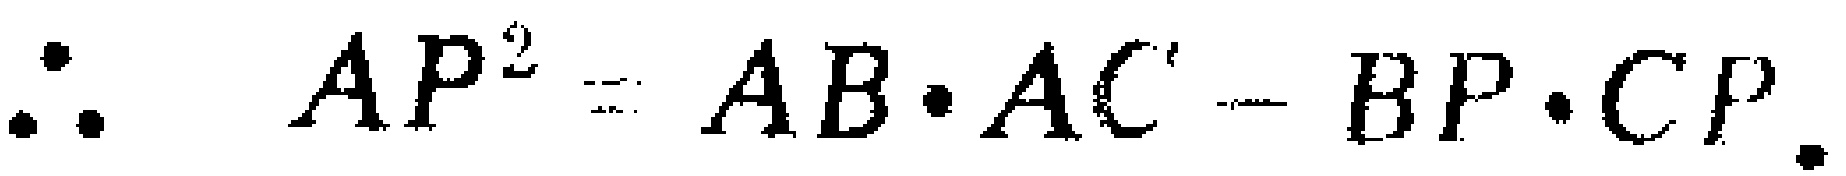
\(\therefore AP^{2}=AB\cdot AC - BP\cdot CP.\)